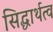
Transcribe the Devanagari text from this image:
सिद्धार्थत्व